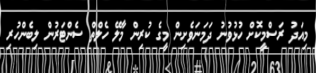
މިއަދު ރަސްމީކޮށް ހުޅުވުނު ދަމަނަވެށިން މީގެ ކުރިން މާލޭ ހެލްތް ސެންޓަރުން ލިބެންހުރި